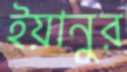
ইয়ানুর